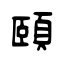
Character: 頤